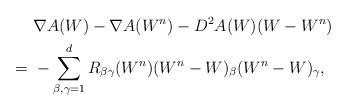
LaTeX: \begin{align*}& \nabla A(W) - \nabla A(W^n) - D^2A(W)(W-W^n)\\=\ & - \sum_{\beta, \gamma = 1}^d R_{\beta\gamma}(W^n)(W^n-W)_{\beta}(W^n-W)_{\gamma},\end{align*}